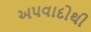
અપવાદોથી